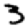
Digit: 3